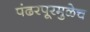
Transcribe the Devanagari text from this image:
पंढरपूरमुळेच